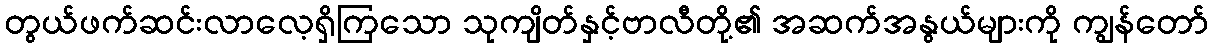
တွယ်ဖက်ဆင်းလာလေ့ရှိကြသော သုကျိတ်နှင့်ဗာလီတို့၏ အဆက်အနွယ်များကို ကျွန်တော်